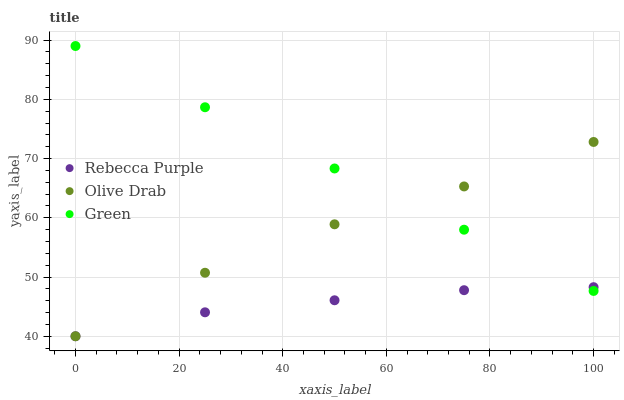
| xaxis_label | Rebecca Purple | Olive Drab | Green |
 | --- | --- | --- | --- |
 | 0 | 40 | 40 | 89 |
 | 25 | 44 | 50.7 | 78.7 |
 | 50 | 46.1 | 58.9 | 68.3 |
 | 75 | 47.8 | 65.3 | 58 |
 | 100 | 48.3 | 72.8 | 47.7 |